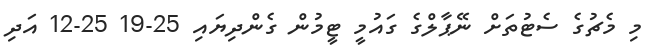
މި މެޗުގެ ސެޓުތަށް ނޭޕާލްގެ ގައުމީ ޓީމުން ގެންދިޔައި 25-19 25-12 އަދި